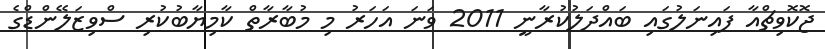
ޖޮކޮވިޗްއާ ފައިނަލުގައި ބައްދަލުކުރާނީ 2011 ވަނަ އަހަރު މި މުބާރާތް ކާމިޔާބުކުރި ސްވިޒަލޭންޑްގެ